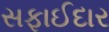
સફાઈદાર